Plague in India, 1896, 1897 - Volume 1
Year: 1896
Disease focus: Plague
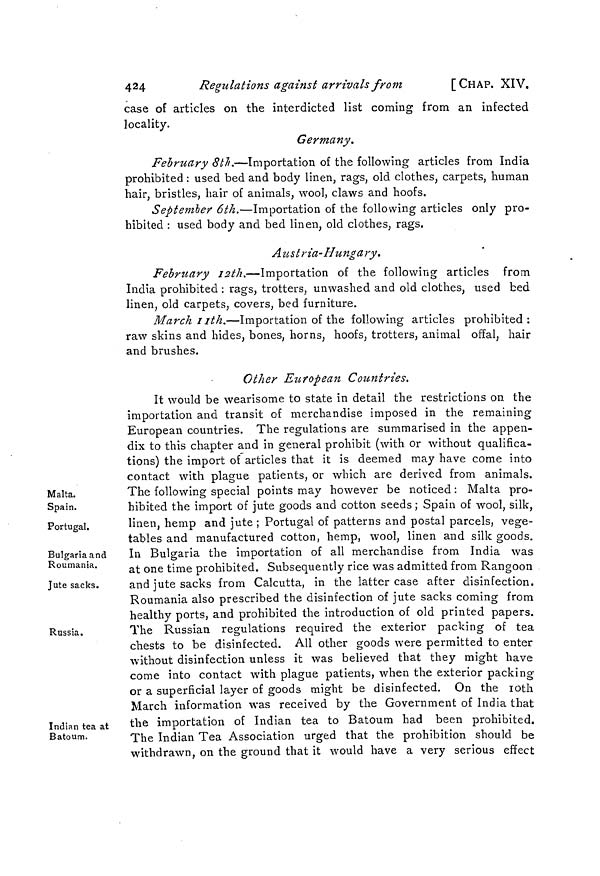
424
Regulations against arrivals from
[CHAP. XIV.
case of articles on the interdicted list coming from an infected
locality.
Germany.
February 8th.—Importation of the following articles from India
prohibited : used bed and body linen, rags, old clothes, carpets, human
hair, bristles, hair of animals, wool, claws and hoofs.
September 6th.—Importation of the following articles only pro-
hibited : used body and bed linen, old clothes, rags.
Austria-Hungary.
February 12th.—-Importation of the following articles from
India prohibited : rags, trotters, unwashed and old clothes, used bed
linen, old carpets, covers, bed furniture.
March 11th.—Importation of the following articles prohibited:
raw skins and hides, bones, horns, hoofs, trotters, animal offal, hair
and brushes.
Other European Countries.
Malta.
Spain.
It would be wearisome to state in detail the restrictions on the
importation and transit of merchandise imposed in the remaining
European countries. The regulations are summarised in the appen-
dix to this chapter and in general prohibit (with or without qualifica-
tions) the import of articles that it is deemed may have come into
contact with plague patients, or which are derived from animals.
The following special points may however be noticed : Malta pro-
hibited the import of jute goods and cotton seeds ; Spain of wool, silk,
Portugal.
linen, hemp and jute ; Portugal of patterns and postal parcels, vege-
tables and manufactured cotton, hemp, wool, linen and silk goods.
Bulgaria and
Roumania.
In Bulgaria the importation of all merchandise from India was
at one time prohibited. Subsequently rice was admitted from Rangoon
Jute sacks.
and jute sacks from Calcutta, in the latter case after disinfection.
Roumania also prescribed the disinfection of jute sacks coming from
healthy ports, and prohibited the introduction of old printed papers.
Russia.
The Russian regulations required the exterior packing of tea
chests to be disinfected. All other goods were permitted to enter
without disinfection unless it was believed that they might have
come into contact with plague patients, when the exterior packing
or a superficial layer of goods might be disinfected. On the 1oth
March information was received by the Government of India that
Indian tea at
Batoum.
the importation of Indian tea to Batoum had been prohibited.
The Indian Tea Association urged that the prohibition should be
withdrawn, on the ground that it would have a very serious effect